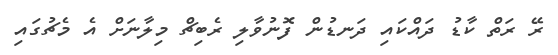
ރޭ ރަތް ކާޑު ދައްކައި ދަނޑުން ފޮނުވާލި ރެބިޗް މިލާނަށް އެ މެޗުގައި